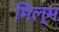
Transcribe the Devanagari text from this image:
मिल्म